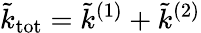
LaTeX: \tilde{k}_{\mathrm{tot}}=\tilde{k}^{(1)}+\tilde{k}^{(2)}